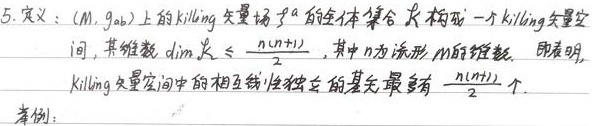
5. 定义：\((M, g_{ab})\)上的Killing矢量场\(\xi^a\)的全体集合构成一个Killing矢量空间，其维数\(\dim K\leqslant\frac{n(n + 1)}{2}\)，其中\(n\)为流形\(M\)的维数。即表明，Killing矢量空间中的相互线性独立的基矢最多有\(\frac{n(n + 1)}{2}\)个。举例：